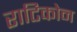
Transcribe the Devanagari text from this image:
राटिकोन